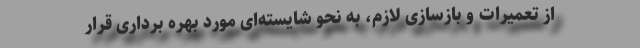
از تعمیرات و بازسازی لازم، به نحو شایسته‌ای مورد بهره‌ برداری قرار